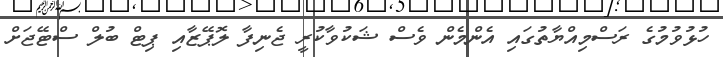
ހުޅުވުމުގެ ރަސްމިއްޔާތުގައި އެންމެން ވެސް ޝަކުވާކުރީ ޖެނިފާ ލޮޕޭޒާއި ޕިޓް ބުލް ސްޓޭޖަށް